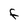
Character: F